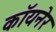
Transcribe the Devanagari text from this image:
कॉयनेर